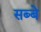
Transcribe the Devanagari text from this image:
सब्बे